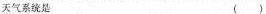
天气系统是 （ ）